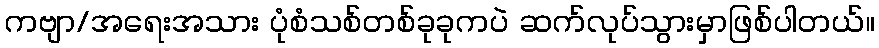
ကဗျာ/အရေးအသား ပုံစံသစ်တစ်ခုခုကပဲ ဆက်လုပ်သွားမှာဖြစ်ပါတယ်။